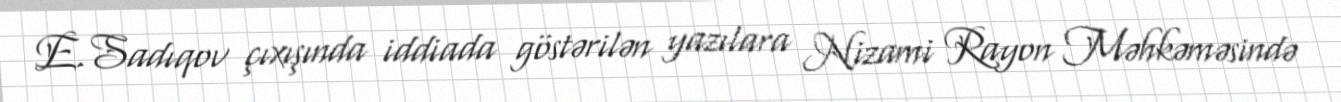
E.Sadıqov çıxışında iddiada göstərilən yazılara Nizami Rayon Məhkəməsində